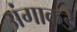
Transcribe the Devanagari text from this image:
अंगाकडे